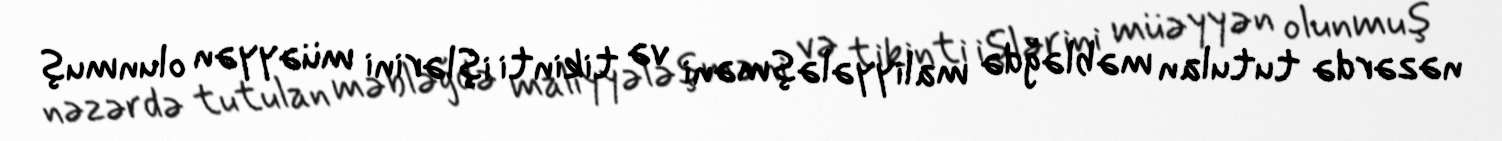
nəzərdə tutulan məbləğdə maliyyələşməni və tikinti işlərini müəyyən olunmuş